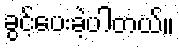
ခွင့်ပေးခဲ့ပါတယ်။